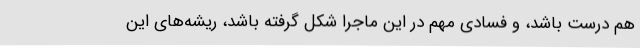
هم درست باشد، و فسادی مهم در این ماجرا شکل گرفته باشد، ریشه‌های این